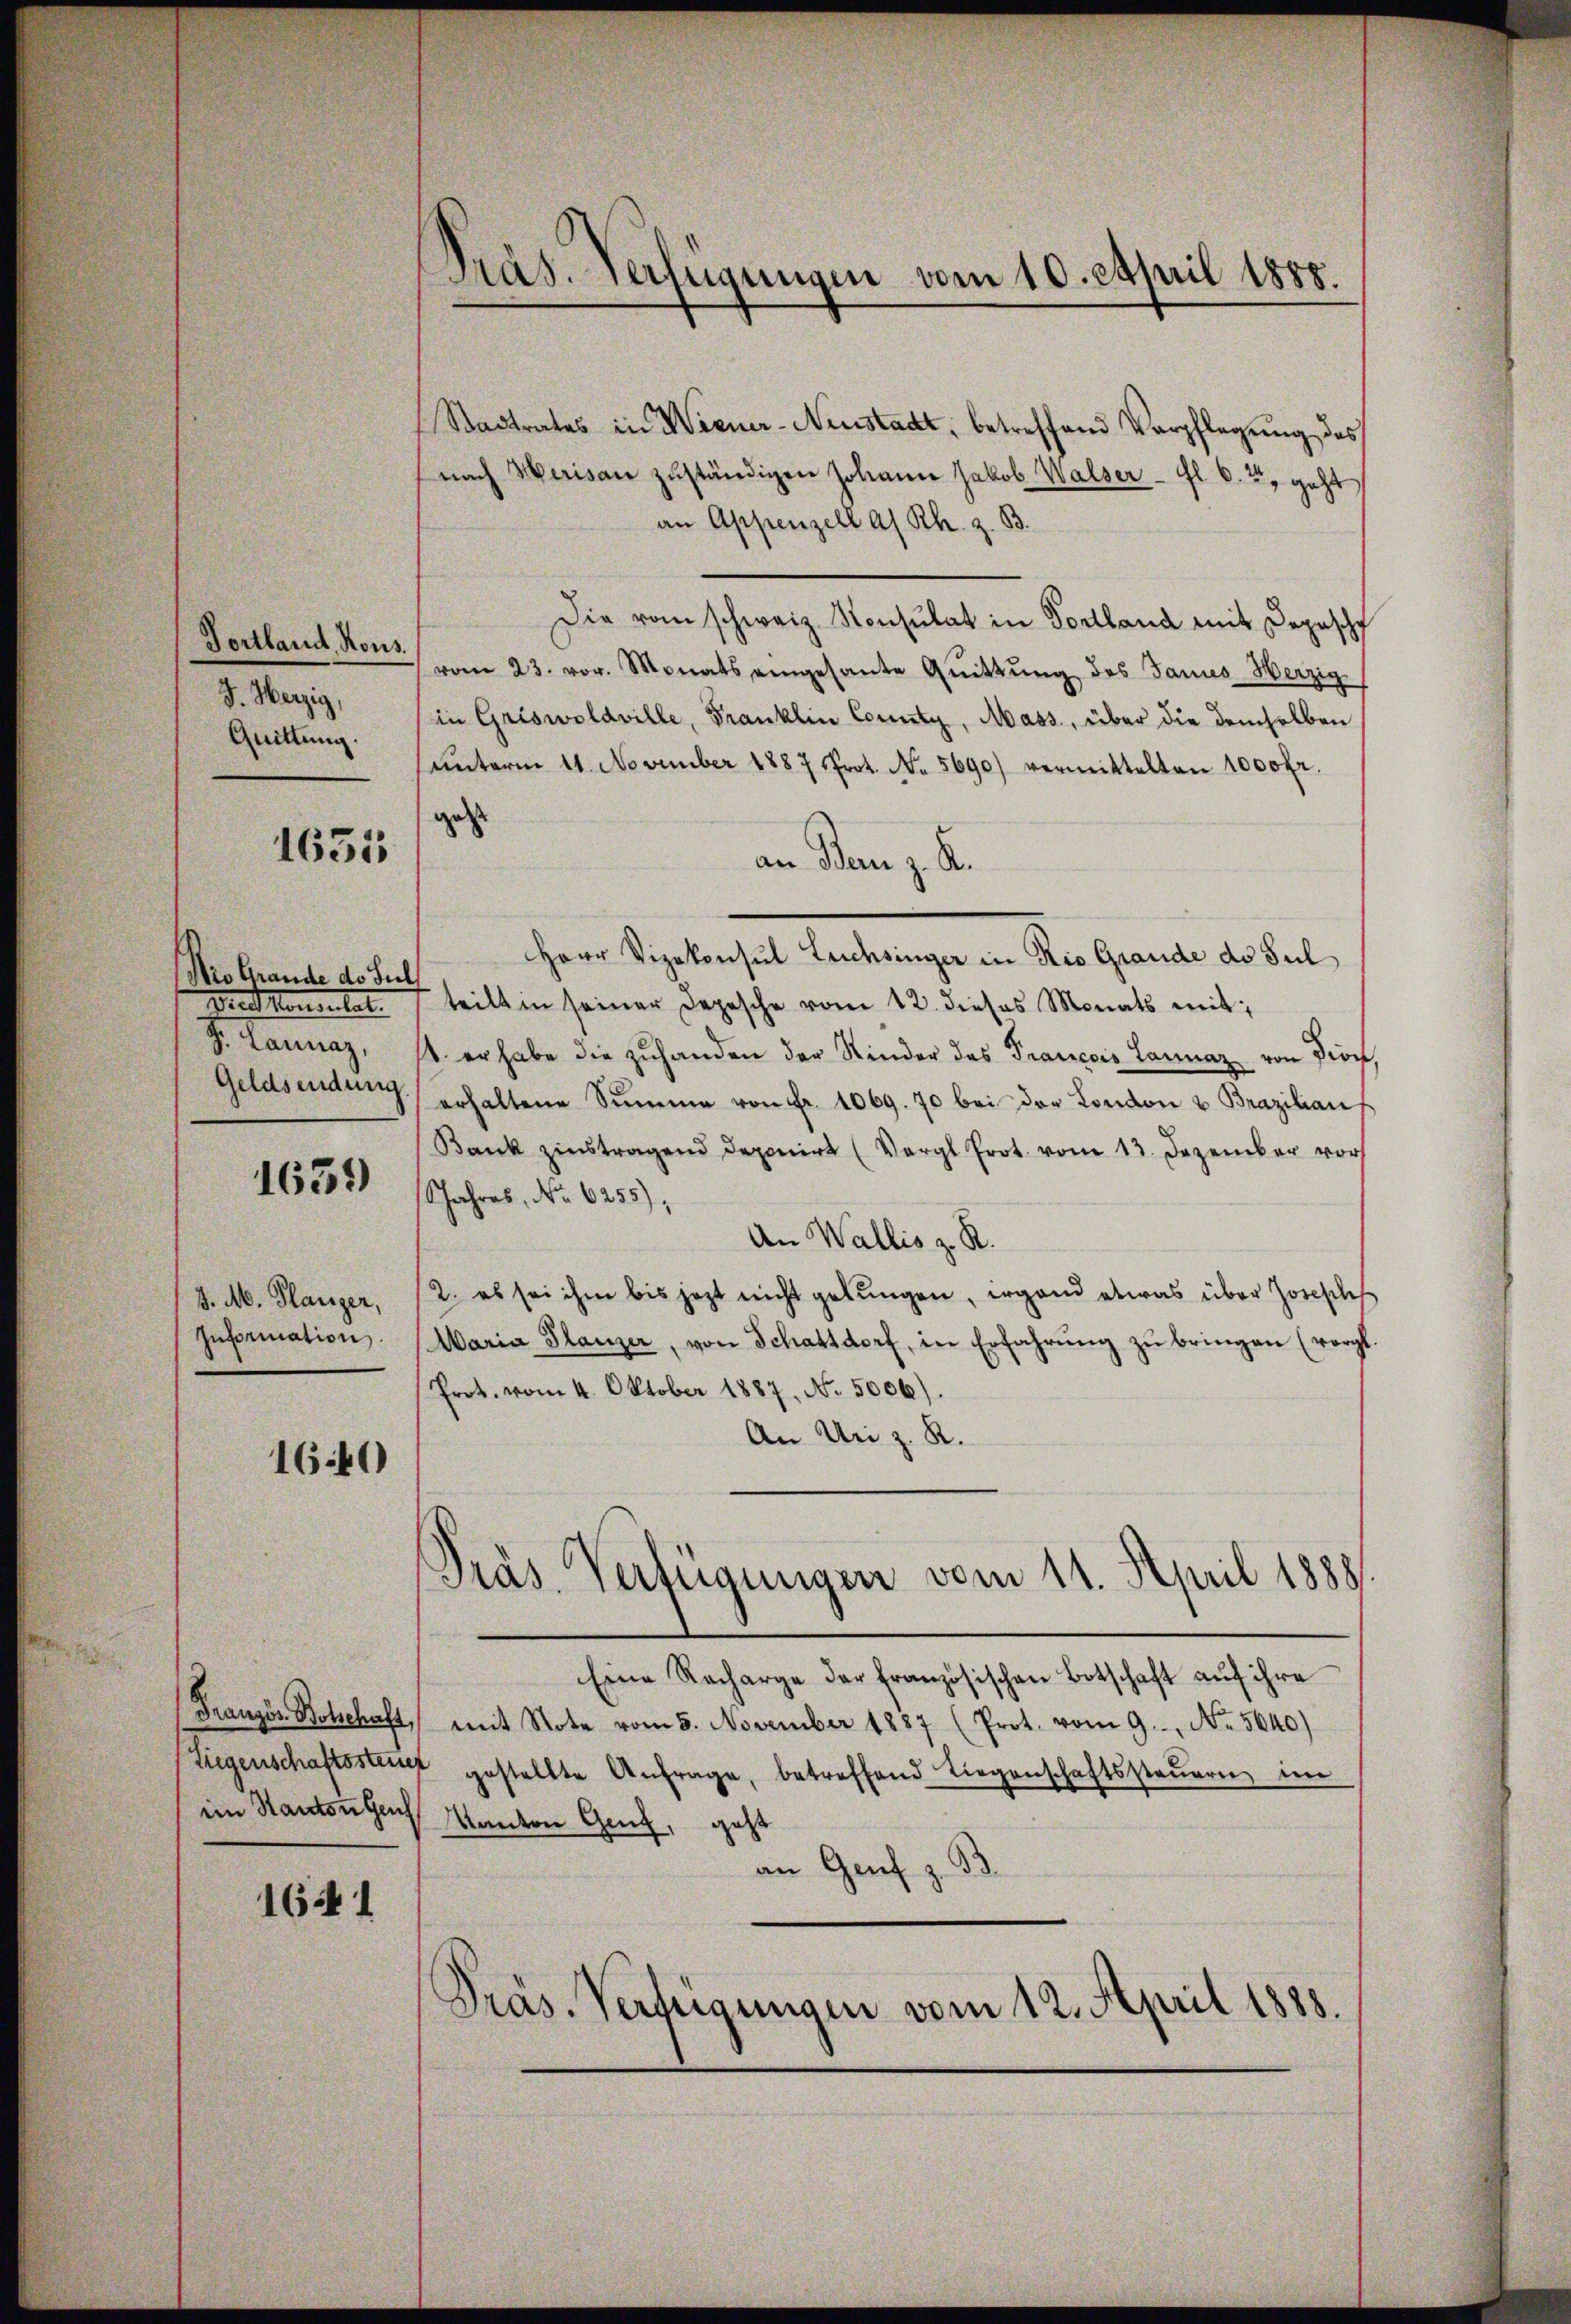
Fortland, Kons.
J. Herzig,
Quittung.

1635

Nio Grande do Sul
Brettenen lat.
S. Launaz,
Geldsendung.

1639

J. M. Planger,
Information.

1640

Französ. Botschaft,
im Kanton Genf

1641

Präs. Verfügungen vom 10. April 1888.

Stadtrates in Wiener-Neustadt, betreffend Verpflegung des
nach Werisau zuständigen Johann Jakob Walser - fl. 64, geht
an Appenzell a/Rh. z. B.
Die vom schweiz. Konsulat in Fortland mit Depesche
vom 23. vor. Monats eingesante Qŭittŭng des James Herzig
in Griswoldville, Franklin County, Mass, über die demselben
hŭnterm 11. November 1887 Prot. No. 5690) vermittelten 1000 fr.
gest
an Bern z. K.
Herr Vizekonsul Lachsinger in Rio Grande de Jul
 teilt in seiner Depesche vom 12. dieses Monats mit
1. er habe die zuhanden der Kinder des Francois Lannaz von Dioc,
erhaltene Summe von Fr. 1069. 70 bei der London u Brazilianf
Bank zinstragend deponirt (Vergl. Prot. vom 13. Dezember vor
Jahres, No. 6255),
An Wallis z. R.
2. es sei ihm bis jezt nicht gelungen, irgend etwas über Joseph
Waria Planzer, von Schattdorf, in Erfahrŭng zŭ bringen (vorgl.
Prot. vom 4. Oktober 1887, No. 5006).
An Uri z. R.
Präs. Verfügungen vom 11. April 1888.
Eine Recharge der französischen Botschaft aŭf ihre
mit Note vom 5. November 1887 (Prot. vom 9. No. 5640)
Liegenschaftsstenz gestellte Anfrage, betreffend Liegenschaftssteŭern im
Kanton Genf, geht
.
an Genf z
Präs. Verfügungen vom 12. April 1888.